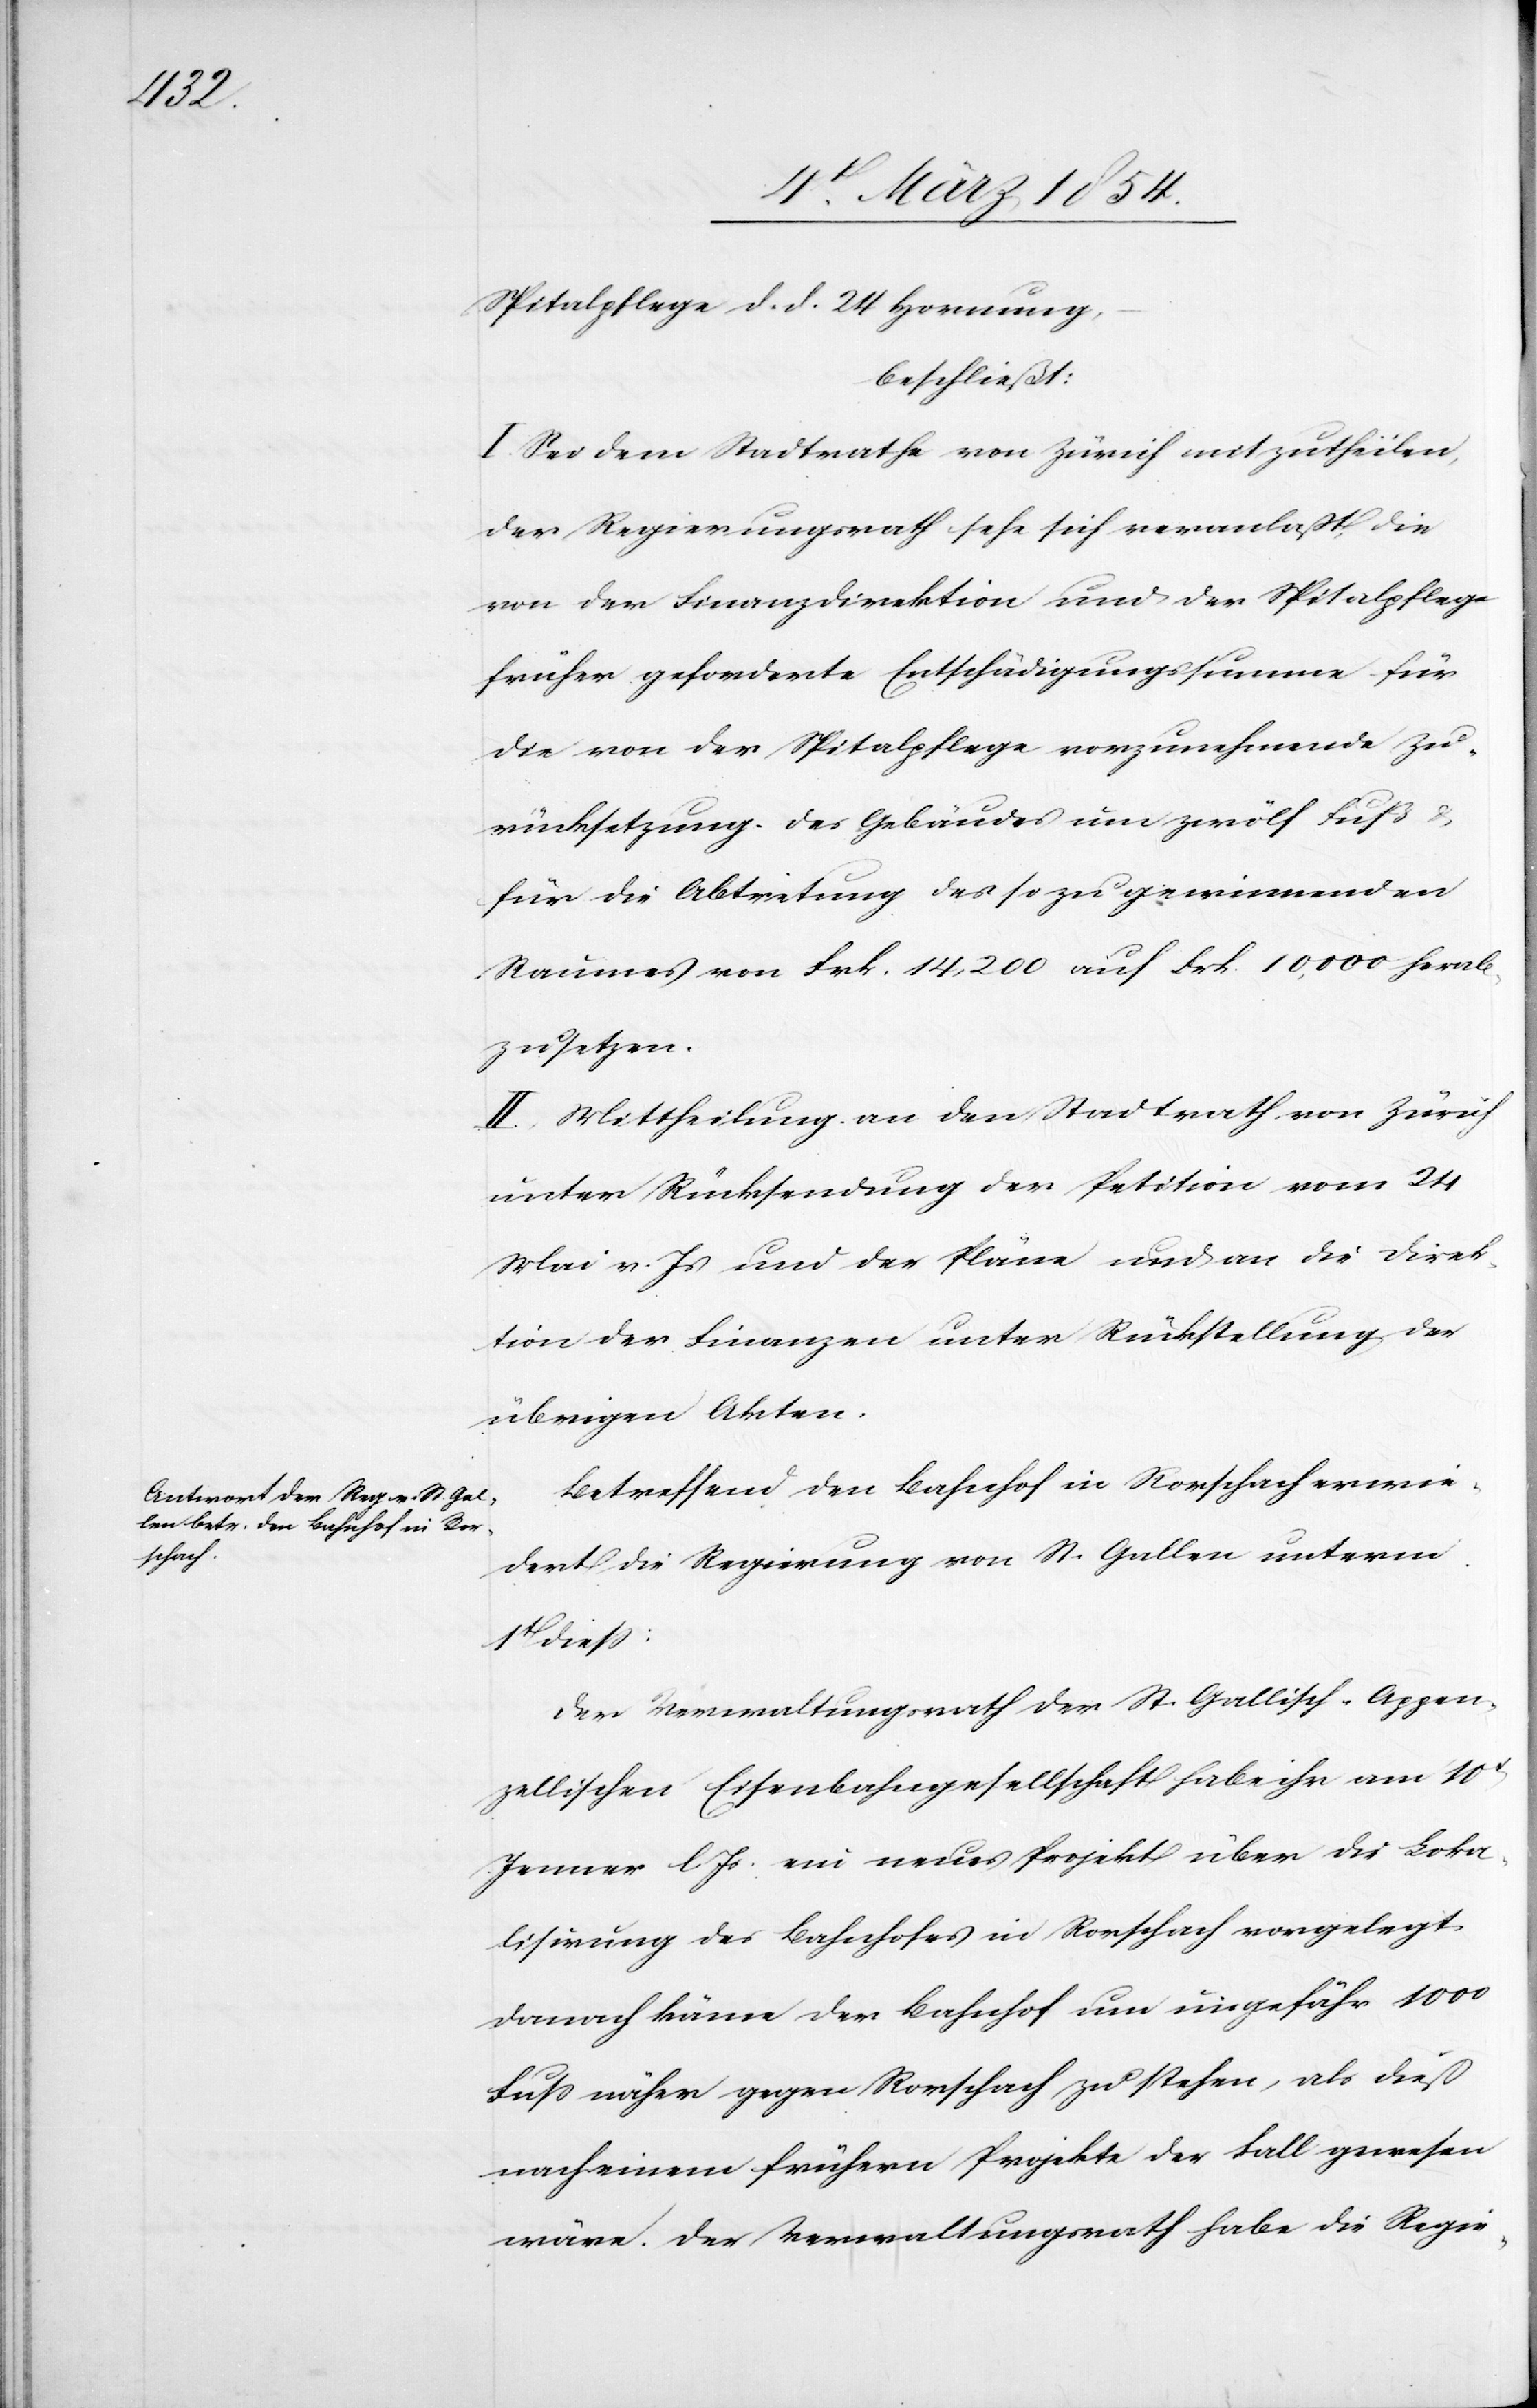
Spitalpflege d. d. 24 Hornung,
beschließt:
I. Sei dem Stadtrathe von Zürich mitzutheilen,
der Regierungsrath sehe sich veranlaßt, die
von der Finanzdirektion und der Spitalpflege
früher geforderte Entschädigungssumme für
die von der Spitalpflege vorzunehmende Zu¬
rücksetzung des Gebäudes um zwölf Fuß
für die Abtretung des so zu gewinnenden
Raumes von Frk. 14, 200 auf Frk. 10, 000 herab¬
zusetzen.
II. Mittheilung an den Stadtrath von Zürich
unter Rücksendung der Petition vom 24
Mai v. Js und der Pläne und an die Direk¬
tion der Finanzen unter Rückstellung der
übrigen Akten.
Betreffend den Bahnhof in Rorschach erwie¬
dert die Regierung von St. Gallen unterm
1t dieß:
Der Verwaltungsrath der St. Gallisch-Appen¬
zellischen Eisenbahngesellschaft habe ihr am 10t
Jenner l. Js. ein neues Projekt über die Loka¬
lisirung des Bahnhofes in Rorschach vorgelegt.
Danach käme der Bahnhof um ungefähr 1000
Fuß näher gegen Rorschach zu stehen, als dieß
nach einem frühern Projekte der Fall gewesen
wäre. Der Verwaltungsrath habe die Regie-